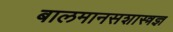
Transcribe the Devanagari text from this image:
बालमानसशास्त्रज्ञ